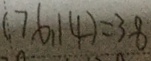
( 7 6 . 1 4 ) = 3 8